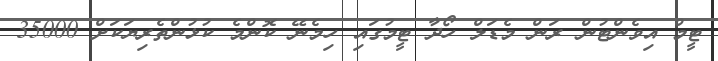
ޓީމް އިވެންޓުން ރަން މެޑަލް ހޯދާ ޓީމުގައި ހިމެނޭ ކޮންމެ ކުޅުންތެރިޔަކަށް 35000